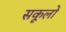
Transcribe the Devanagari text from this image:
सकूलों